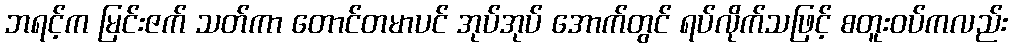
ဘရင့်က မြင်းဇက် သတ်ကာ တောင်တမာပင် အုပ်အုပ် အောက်တွင် ရပ်လိုက်သဖြင့် စတူးဝပ်ကလည်း